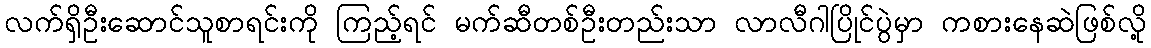
လက်ရှိဦးဆောင်သူစာရင်းကို ကြည့်ရင် မက်ဆီတစ်ဦးတည်းသာ လာလီဂါပြိုင်ပွဲမှာ ကစားနေဆဲဖြစ်လို့